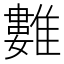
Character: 𩀮